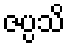
ဇပ္ပသိ